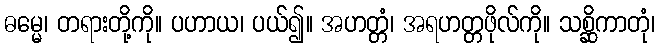
ဓမ္မေ၊ တရားတို့ကို။ ပဟာယ၊ ပယ်၍။ အဟတ္တံ၊ အရဟတ္တဖိုလ်ကို။ သစ္ဆိကာတုံ၊